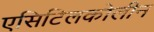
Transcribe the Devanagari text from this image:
एसिटिलकोलीन